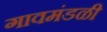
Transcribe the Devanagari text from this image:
गावमंडळी